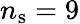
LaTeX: n_{\mathrm{s}}=9